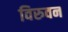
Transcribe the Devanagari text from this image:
विरुवन